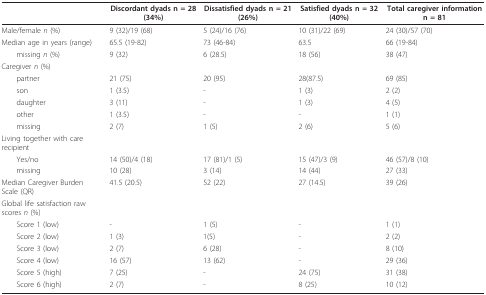
|  | Discordant dyads n = 28 (34%) | Dissatisfied dyads n = 21 (26%) | Satisfied dyads n = 32 (40%) | Total caregiver information n = 81 |
 | --- | --- | --- | --- | --- |
 | Male/female n (%) | 9 (32)/19 (68) | 5 (24)/16 (76) | 10 (31)/22 (69) | 24 (30)/57 (70) |
 | Median age in years (range) | 65.5 (19-82) | 73 (46-84) | 63.5 | 66 (19-84) |
 | missing n (%) | 9 (32) | 6 (28.5) | 18 (56) | 38 (47) |
 | Caregiver n (%) |  |  |  |  |
 | partner | 21 (75) | 20 (95) | 28(87.5) | 69 (85) |
 | son | 1 (3.5) | - | 1 (3) | 2 (2) |
 | daughter | 3 (11) | - | 1 (3) | 4 (5) |
 | other | 1 (3.5) | - | - | 1 (1) |
 | missing | 2 (7) | 1 (5) | 2 (6) | 5 (6) |
 | Living together with care recipient |  |  |  |  |
 | Yes/no | 14 (50)/4 (18) | 17 (81)/1 (5) | 15 (47)/3 (9) | 46 (57)/8 (10) |
 | missing | 10 (28) | 3 (14) | 14 (44) | 27 (33) |
 | Median Caregiver Burden Scale (QR) | 41.5 (20.5) | 52 (22) | 27 (14.5) | 39 (26) |
 | Global life satisfaction raw scores n (%) |  |  |  |  |
 | Score 1 (low) | - | 1 (5) | - | 1 (1) |
 | Score 2 (low) | 1 (3) | 1(5) | - | 2 (2) |
 | Score 3 (low) | 2 (7) | 6 (28) | - | 8 (10) |
 | Score 4 (low) | 16 (57) | 13 (62) | - | 29 (36) |
 | Score 5 (high) | 7 (25) | - | 24 (75) | 31 (38) |
 | Score 6 (high) | 2 (7) | - | 8 (25) | 10 (12) |